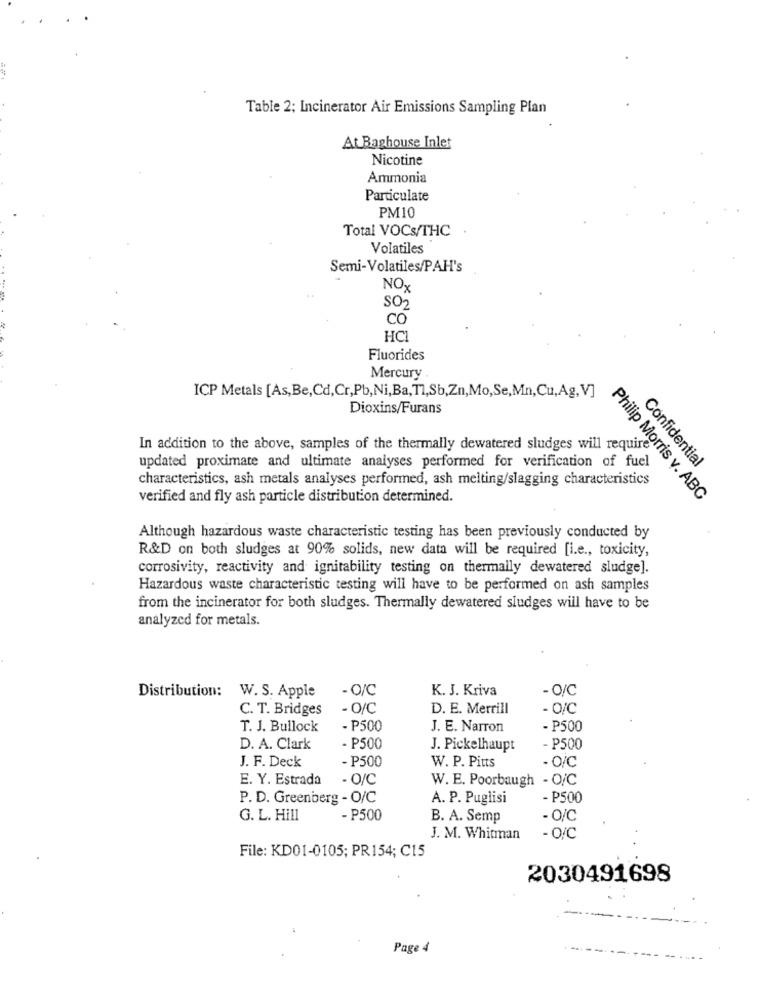
Table 2; Incinerator Air Emissions Sampling Plan
At Baghouse Inlet
Nicotine
Ammonia
Particulate
PM10
Total VOCS/THC
Volatiles
Semi-Volatiles/PAH's
NOx
SO2
CO
HCI
Fluorides
Mercury .
ICP Metals [As,Be,Cd,Cr,Pb,Ni,Ba,T1,Sb,Zn,Mo,Se,Mn,Cu,Ag,V]
Dioxins/Furans
In addition to the above, samples of the thermally dewatered sludges will require'
updated proximate and ultimate analyses performed for verification of fuel
Confidential
characteristics, ash metals analyses performed, ash melting/slagging characteristics
verified and fly ash particle distribution determined.
Philip Morris v. ABC
Although hazardous waste characteristic testing has been previously conducted by
R&D on both sludges at 90% solids, new data will be required [i.e ., toxicity,
corrosivity, reactivity and ignitability testing on thermally dewatered sludge].
Hazardous waste characteristic testing will have to be performed on ash samples
from the incinerator for both sludges. Thermally dewatered sludges will have to be
analyzed for metals.
- O/C
K. J. Kriva
-/C
Distribution: W. S. Apple
C. T. Bridges
- O/C
D. E. Merrill
- O/C
T. J. Bullock
- P500
J. E. Narron
- P500
D. A. Clark
- P500
J. Pickelhaupt
- P500
J. F. Deck
- P500
W. P. Pitts
- O/C
E. Y. Estrada
- O/C
W. E. Poorbaugh - O/C
P. D. Greenberg - O/C
A. P. Puglisi
- P500
G. L. Hill
- P500
B. A. Semp
- O/C
J. M. Whitman
- O/C
File: KD01-0105; PR154; C15
2030491698
Page 4